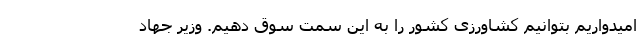
امیدواریم بتوانیم کشاورزی کشور را به این سمت سوق دهیم. وزیر جهاد